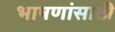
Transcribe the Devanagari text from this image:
भाषणांसाठी